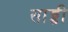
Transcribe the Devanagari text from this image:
साड्डी